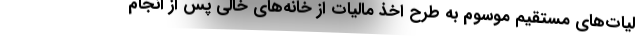
لیات‌های مستقیم موسوم به طرح اخذ مالیات از خانه‌های خالی پس از انجام